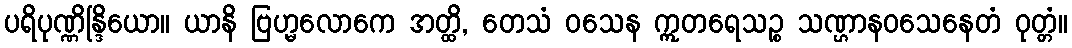
ပရိပုဏ္ဏိန္ဒြိယော။ ယာနိ ဗြဟ္မလောကေ အတ္ထိ, တေသံ ဝသေန ဣတရေသဉ္စ သဏ္ဌာနဝသေနေတံ ဝုတ္တံ။